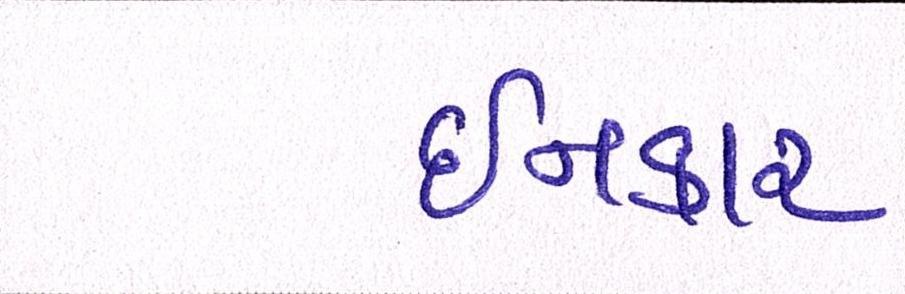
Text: ઈનકાર